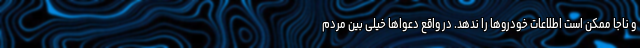
و ناجا ممکن است اطلاعات خودروها را ندهد. در واقع دعواها خیلی بین مردم